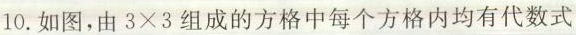
10.如图，由3×3组成的方格中每个方格内均有代数式